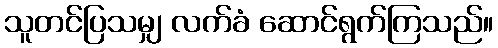
သူတင်ပြသမျှ လက်ခံ ဆောင်ရွက်ကြသည်။